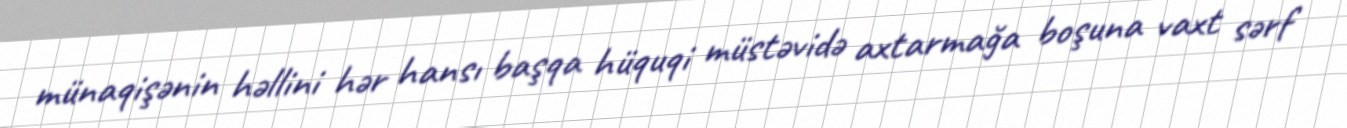
münaqişənin həllini hər hansı başqa hüquqi müstəvidə axtarmağa boşuna vaxt sərf